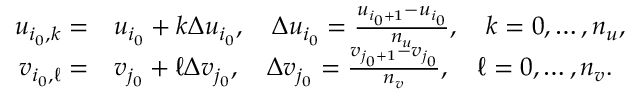
\begin{array} { r l } { u _ { i _ { 0 } , k } = } & { u _ { i _ { 0 } } + k \Delta u _ { i _ { 0 } } , \quad \Delta u _ { i _ { 0 } } = \frac { u _ { i _ { 0 } + 1 } - u _ { i _ { 0 } } } { n _ { u } } , \quad k = 0 , \ldots , n _ { u } , } \\ { v _ { i _ { 0 } , \ell } = } & { v _ { j _ { 0 } } + \ell \Delta v _ { j _ { 0 } } , \quad \Delta v _ { j _ { 0 } } = \frac { v _ { j _ { 0 } + 1 } - v _ { j _ { 0 } } } { n _ { v } } , \quad \ell = 0 , \ldots , n _ { v } . } \end{array}